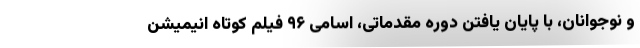
و نوجوانان، با پایان یافتن دوره مقدماتی، اسامی ۹۶ فیلم کوتاه انیمیشن